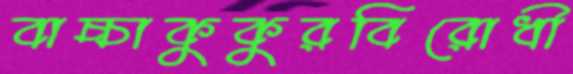
বাচ্চাকুকুরবিরোধী